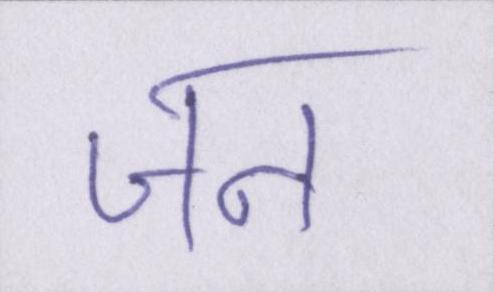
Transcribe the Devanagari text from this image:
जन